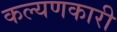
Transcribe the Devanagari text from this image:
कल्यणकारी